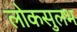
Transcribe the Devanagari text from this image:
लोकसुलभ